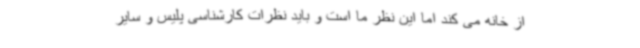
از خانه می کند اما این نظر ما است و باید نظرات کارشناسی پلیس و سایر